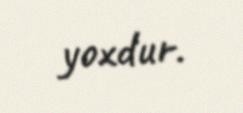
yoxdur.